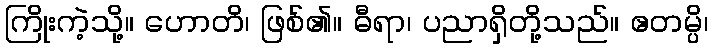
ကြိုးကဲ့သို့။ ဟောတိ၊ ဖြစ်၏။ ဓီရာ၊ ပညာရှိတို့သည်။ ဧတမ္ပိ၊